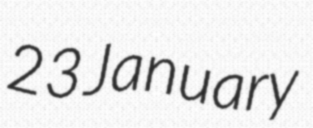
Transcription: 23 January